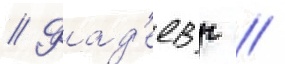
// Фад'еев г //